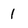
Character: 1